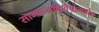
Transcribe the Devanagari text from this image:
सामान्यविशेषाभावेच